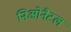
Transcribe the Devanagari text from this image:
निओनैटल